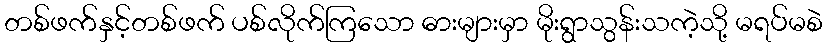
တစ်ဖက်နှင့်တစ်ဖက် ပစ်လိုက်ကြသော ဓားများမှာ မိုးရွာသွန်းသကဲ့သို့ မရပ်မစဲ